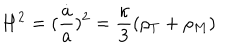
LaTeX: H ^ { 2 } = ( \frac { \dot { a } } { a } ) ^ { 2 } = \frac { \kappa } { 3 } ( \rho _ { T } + \rho _ { M } )